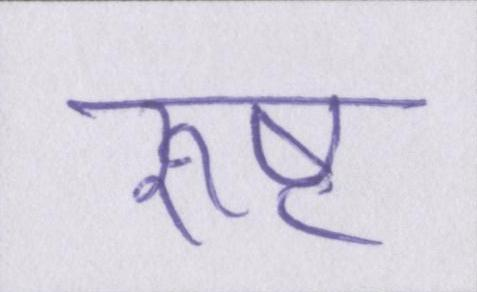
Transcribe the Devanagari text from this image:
रुष्ट